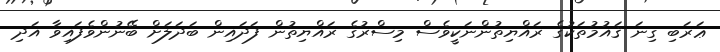
ޢަރަބި ގިނަ ޤައުމުތަކުގެ ރައްޔިތުންނަކީވެސް މިސްރުގެ ރައްޔިތުން ފަދައިން ބަދަލަށް ބޭނުންވެފައިވާ އަދި